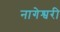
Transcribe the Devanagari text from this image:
नागेश्वरी